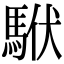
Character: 𩢰